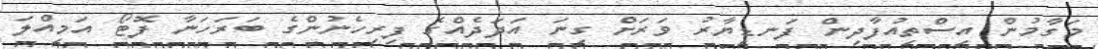
މަގާމުން އިސްތިއުފާދިން ފަނޑިޔާރު ވަރަށް ގިނަ އަދަދެއްގެ ފިރިހެނުންގެ ބަރަހަނާ ފޮޓޯ އަމިއްލަ